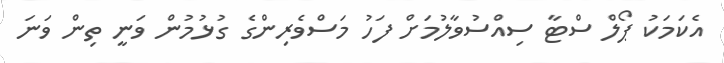
އެކަމަކު ޕޯލް ސްޓާ ސިއްސުވާލުމަށް ފަހު މަސްވެރިންގެ ގުޅުމުން ވަނީ ތިން ވަނަ